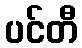
ပင်တီ